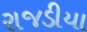
રાજડીયા